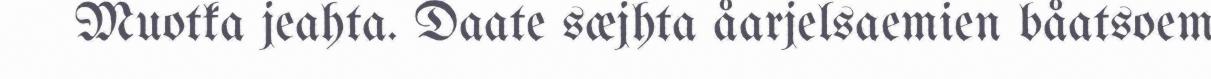
Muotka jeahta. Daate sæjhta åarjelsaemien båatsoem